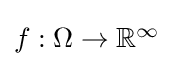
\textstyle f:\Omega \to \mathbb {R} ^{\infty }